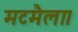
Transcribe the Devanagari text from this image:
मटमैला।